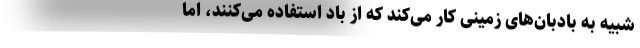
شبیه به بادبان‌های زمینی کار می‌کند که از باد استفاده می‌کنند، اما